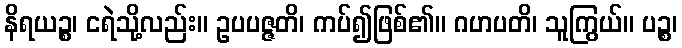
နိရယဉ္စ၊ ငရဲသို့လည်း။ ဥပပဇ္ဇတိ၊ ကပ်၍ဖြစ်၏။ ဂဟပတိ၊ သူကြွယ်။ ပဉ္စ၊